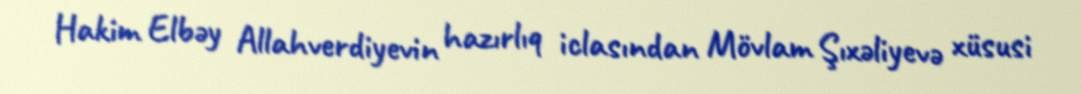
Hakim Elbəy Allahverdiyevin hazırlıq iclasından Mövlam Şıxəliyevə xüsusi